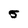
Character: 5